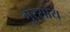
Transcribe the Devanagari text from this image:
गुरसाय